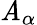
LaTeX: \mathit{A}_{\alpha}